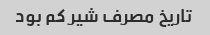
تاریخ مصرف شیر کم بود